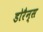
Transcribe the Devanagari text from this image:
डोरैन्स